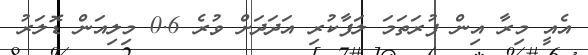
އެއީ މިރާ އިން ފުރަތަމަ ލަފާކުރި އަދަދަށް ވުރެ 0.6 މިލިއަން ޑޮލަރު